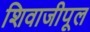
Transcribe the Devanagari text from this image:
शिवाजीपूल